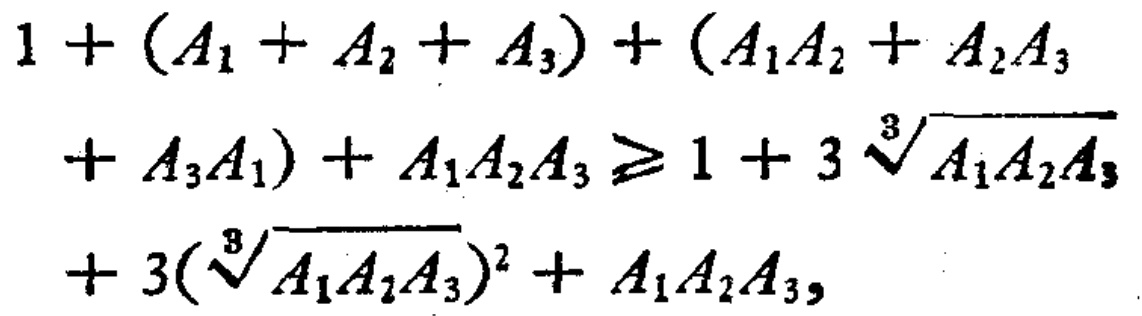
\[

\begin{align*}

&1+(A_1 + A_2+A_3)+(A_1A_2 + A_2A_3\\

&+A_3A_1)+A_1A_2A_3\geq1 + 3\sqrt[3]{A_1A_2A_3}\\

&+3(\sqrt[3]{A_1A_2A_3})^2+A_1A_2A_3,

\end{align*}

\]